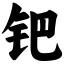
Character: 钯